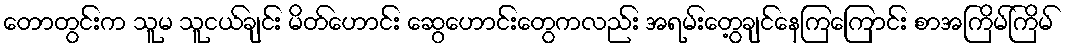
တောတွင်းက သူမ သူငယ်ချင်း မိတ်ဟောင်း ဆွေဟောင်းတွေကလည်း အရမ်းတွေ့ချင်နေကြကြောင်း စာအကြိမ်ကြိမ်